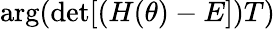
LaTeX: \arg(\operatorname*{det}[(H(\theta)-E])T)